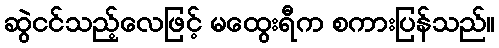
ဆွဲငင်သည့်လေဖြင့် မထွေးရီက စကားပြန်သည်။